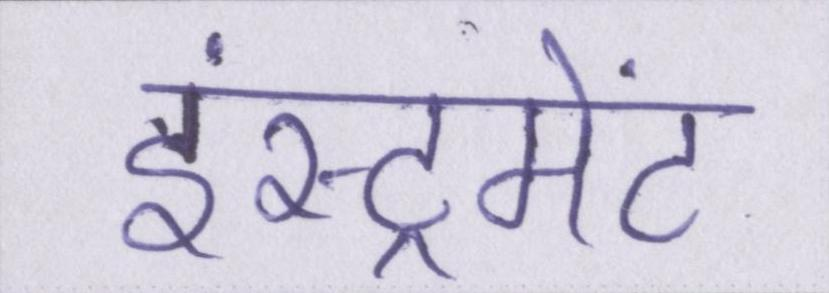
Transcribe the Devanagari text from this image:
इंस्ट्रूमेंट